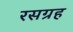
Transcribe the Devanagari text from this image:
रसग्रह